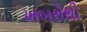
ખબરોથી